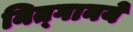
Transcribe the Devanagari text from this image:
नित्‍गानये